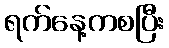
ရက်နေ့ကစပြီး